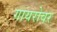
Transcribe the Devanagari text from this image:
गायरोवर